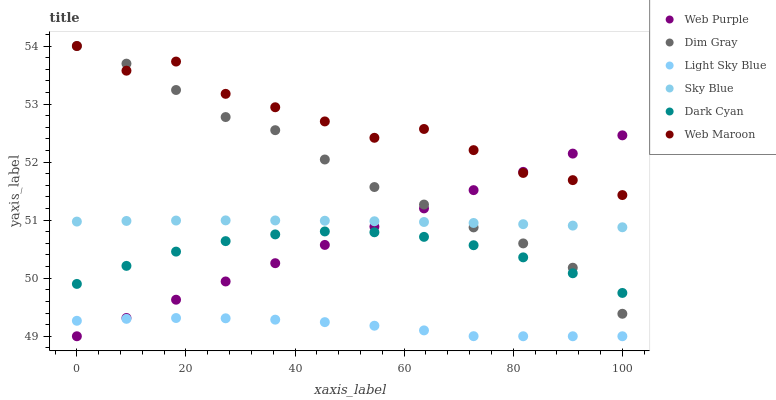
| xaxis_label | Web Purple | Dim Gray | Light Sky Blue | Sky Blue | Dark Cyan | Web Maroon |
 | --- | --- | --- | --- | --- | --- | --- |
 | 0 | 49 | 54 | 49.3 | 51 | 49.9 | 54 |
 | 9.09 | 49.3 | 53.7 | 49.3 | 51 | 50.2 | 53.6 |
 | 18.2 | 49.6 | 53.2 | 49.3 | 51 | 50.5 | 53.7 |
 | 27.3 | 49.9 | 52.8 | 49.3 | 51 | 50.6 | 53.2 |
 | 36.4 | 50.3 | 52.6 | 49.3 | 51 | 50.8 | 52.9 |
 | 45.5 | 50.6 | 52 | 49.2 | 51 | 50.8 | 52.7 |
 | 54.5 | 50.9 | 51.6 | 49.2 | 51 | 50.8 | 52.4 |
 | 63.6 | 51.2 | 51.3 | 49.1 | 51 | 50.7 | 52.6 |
 | 72.7 | 51.5 | 50.9 | 49 | 51 | 50.6 | 52.2 |
 | 81.8 | 51.8 | 50.6 | 49 | 50.9 | 50.4 | 51.8 |
 | 90.9 | 52.1 | 50.2 | 49 | 50.9 | 50.1 | 51.7 |
 | 100 | 52.5 | 49.4 | 49 | 50.9 | 49.7 | 51.4 |